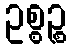
ဥစ္စဉ္စ